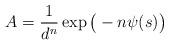
LaTeX: \begin{align*}A = \frac{1}{d^n}\exp\big( -n \psi(s)\big)\end{align*}